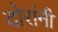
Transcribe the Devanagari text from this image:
दोरांनी